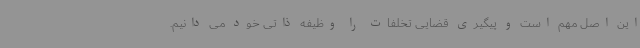
این اصل مهم است و پیگیری قضایی تخلفات را وظیفه ذاتی خود می دانیم.